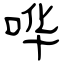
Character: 哗